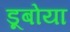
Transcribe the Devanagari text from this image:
डूबोया